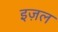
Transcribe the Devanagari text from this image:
इज़ल